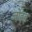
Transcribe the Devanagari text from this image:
जोहड़